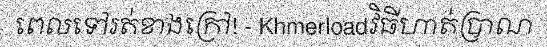
ពេលទៅរត់ខាងក្រៅ! - Khmerloadវិធីហាត់ប្រាណ